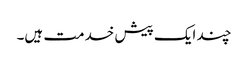
چند ایک پیش خدمت ہیں۔